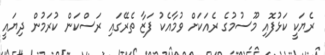
ރެޔަކީ ކަޅުފޮއި މޫސުމުގެ ރެއަކަށް ވުމާއެކު ފަޒާ ތެރޭގައި ރަސްކަން ކުރަމުން ދިޔައީ